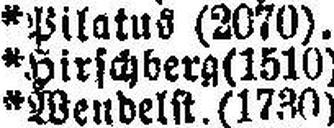
* Pilatus (2070).